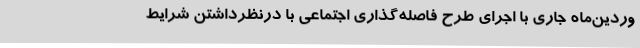
وردین‌ماه جاری با اجرای طرح فاصله‌گذاری اجتماعی با درنظرداشتن شرایط